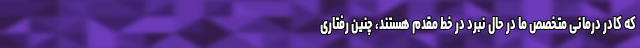
که کادر درمانی متخصص ما در حال نبرد در خط مقدم هستند، چنین رفتاری